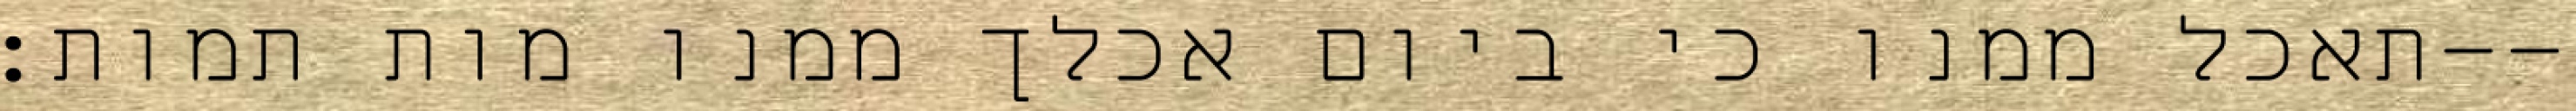
תאכל ממנו כי ביום אכלך ממנו מות תמות׃--